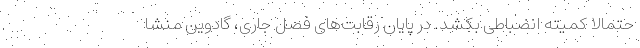
حتمالا کمیته انضباطی بکشد. در پایان رقابت‌های فصل جاری، گادوین منشا